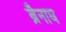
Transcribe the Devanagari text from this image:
ब्रैनाघ